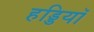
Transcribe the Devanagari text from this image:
हड्डियॉ